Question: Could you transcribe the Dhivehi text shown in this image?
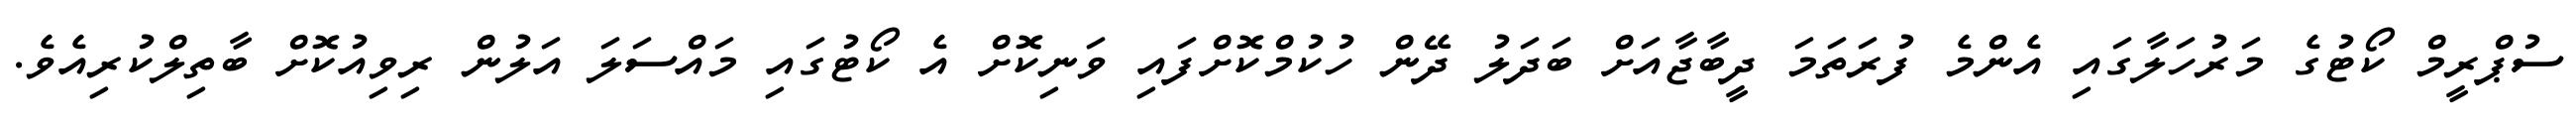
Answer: ސުޕްރީމް ކޯޓުގެ މަރުހަލާގައި އެންމެ ފުރަތަމަ ދީބާޖާއަށް ބަދަލު ދޭން ހުކުމްކޮށްފައި ވަނިކޮށް އެ ކޯޓުގައި މައްސަލަ އަލުން ރިވިއުކޮށް ބާތިލްކުރިއެވެ.